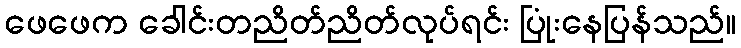
ဖေဖေက ခေါင်းတညိတ်ညိတ်လုပ်ရင်း ပြုံးနေပြန်သည်။